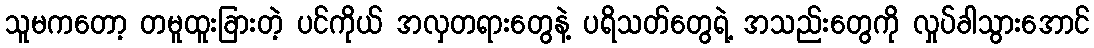
သူမကတော့ တမူထူးခြားတဲ့ ပင်ကိုယ် အလှတရားတွေနဲ့ ပရိသတ်တွေရဲ့ အသည်းတွေကို လှုပ်ခါသွားအောင်